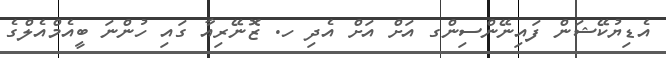
އެޑިޔުކޭޝަން ފައިނޭންސިންގ އަށް އަށް އެދި ހ. ޒޮނޭރިއާ ގައި ހުންނަ ބީއެމްއެލްގެ